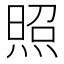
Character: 照